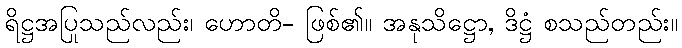
ရိဋ္ဌအပြုသည်လည်း၊ ဟောတိ- ဖြစ်၏။ အနုသိဋ္ဌော, ဒိဋ္ဌံ စသည်တည်း။